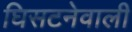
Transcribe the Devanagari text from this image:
घिसटनेवाली